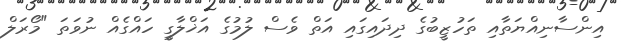
އިންސާނިއްޔަތާއި ތަހުޒީބުގެ ދިދައިގައި އަތް ވެސް ލުމުގެ އަޚްލާގީ ހައްގެއް ނުވަތަ "މޯރަލް